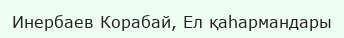
Инербаев Корабай, Ел қаһармандары